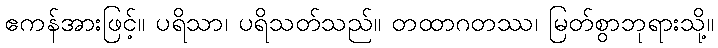
ဧကန်အားဖြင့်။ ပရိသာ၊ ပရိသတ်သည်။ တထာဂတဿ၊ မြတ်စွာဘုရားသို့။